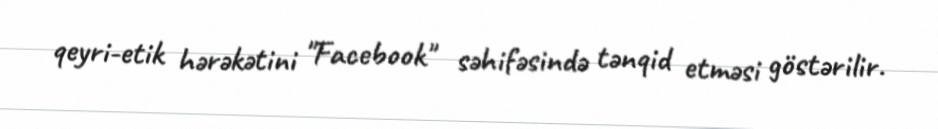
qeyri-etik hərəkətini "Facebook" səhifəsində tənqid etməsi göstərilir.